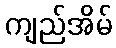
ကျည်အိမ်